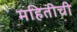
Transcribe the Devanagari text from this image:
महितीची